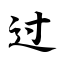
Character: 过